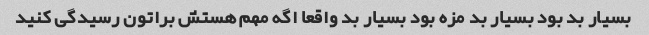
بسیار بد بود بسیار بد مزه بود بسیار بد واقعا اگه مهم هستش براتون رسیدگی کنید